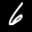
Label: 6